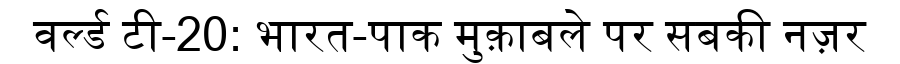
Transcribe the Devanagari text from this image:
वर्ल्ड टी-20: भारत-पाक मुक़ाबले पर सबकी नज़र